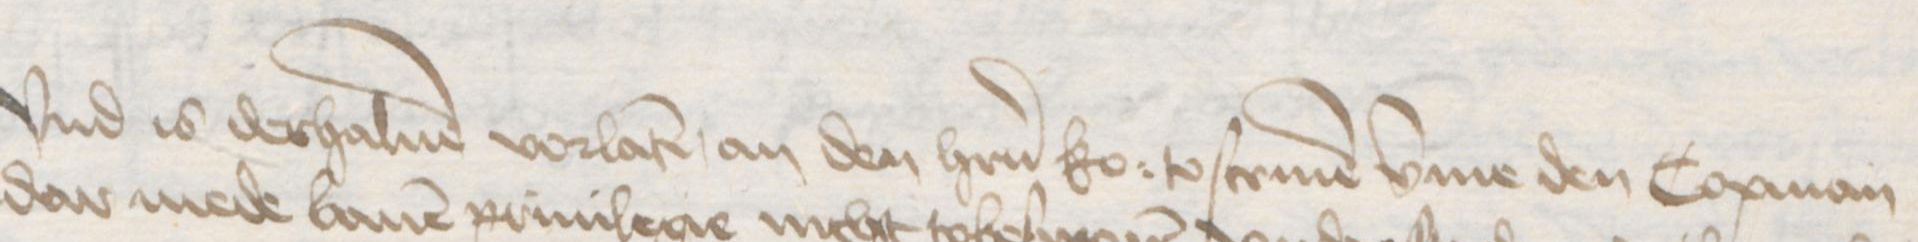
Transcription: Vnd is derhaluen vorlaten, an den herrn ko: to scriuen vmme den Copman